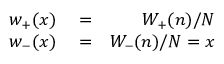
\begin{array} { r l r } { { w _ { + } } ( x ) } & { { } = } & { { { { W _ { + } } ( n ) } } / { N } } \\ { { w _ { - } } ( x ) } & { { } = } & { { { { W _ { - } } ( n ) } } / { N } = x } \end{array}